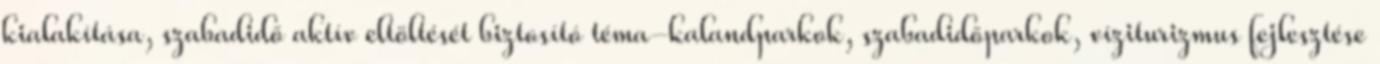
kialakítása, szabadidő aktív eltöltését biztosító téma-kalandparkok, szabadidőparkok, víziturizmus fejlesztése